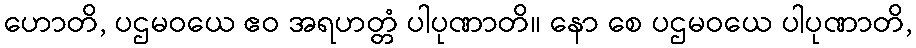
ဟောတိ, ပဌမဝယေ ဧဝ အရဟတ္တံ ပါပုဏာတိ။ နော စေ ပဌမဝယေ ပါပုဏာတိ,